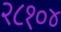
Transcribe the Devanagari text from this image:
२८१०४